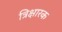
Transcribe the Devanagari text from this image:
त्रिक्षारक